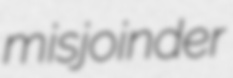
misjoinder